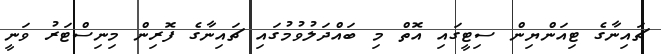
ޗައިނާގެ ޓިއަންޔިން ސިޓީގައި އޮތް މި ބައްދަލުވުމުގައި ޗައިނާގެ ފޮރިން މިނިސްޓަރު ވަނީ